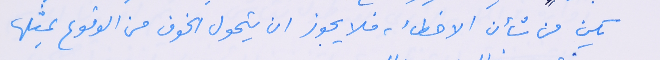
يكن من شأن من الاخطاء، فلا يجوز ان يتحول الخوف من الوقوع بمثلها